Medical and sanitary report of the native army of Madras for the year
Year: 1878
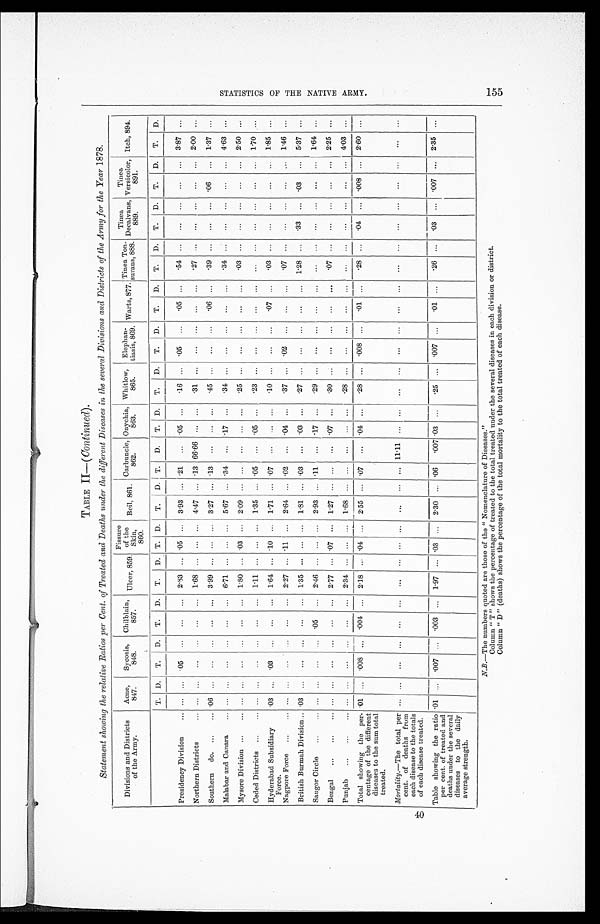
40
TABLE II—(
Continued ).
Statement showing the relative Ratios per Cent. of Treated and Deaths under the different Diseases in the several Divisions and Districts of the Army for the Year 1878.
Divisions and Districts
of the Army.
Acne,
847.
Sycosis,
848.
Chilblain,
857.
Ulcer, 859.
Fissure
of th
S k i n ,
860.
Boil, 861.
Carbuncle,
862.
Onychia,
863.
Whitlow,
865.
Elephan-
tiasis, 869.
Warts, 877.
T i n e a T o n -
surans, 888.
Tinea
Decalvans,
889.
Tinea
V e r s i c o l o r ,
891.
Itch, 894.
T.
D.
T.
D.
T.
D.
T.
D.
T.
D.
T.
D. T.
D.
T.
D.
T.
D.
T.
D.
T.
D.
T.
D.
T.
D.
T.
D.
T.
D.
Presidency Division . . .
. . .
. . . .05
. . .
. . .
. . .
2.83
. . . .05
. . .
3.93
. . . .21
. . .
.05
. . .
.16
. . .
. 05
. . .
. 0 5 . . .
.54
. . .
. . .
. . .
. . .
. . .
3.87
. . .
Northern Districts . . .
. . .
. . .
. . .
. . .
. . .
. . .
1.68
. . .
. . .
. . .
4.47
. . . .13 66.66
. . .
. . .
.31
. . .
. . .
. . .
. . .
. . .
.27
. . .
. . .
. . .
. . .
. . .
2.00
. . .
Southern do. . . . .06
. . .
. . .
. . .
. . .
. . .
3.99
. . .
. . .
. . .
3.27
. . . .13
. . .
. . .
. . .
.45
. . .
. . .
. . .
. 0 6 . . .
.39
. . .
. . .
. . .
.06
. . .
1.37
. . .
Malabar and Canara . . .
. . .
. . .
. . .
. . .
. . .
. . . 6.71
. . .
. . .
. . .5.67
. . .
. 3 4 . . .
. 1 7
. . .
. 3 4
. . .
. . .
. . .
. . . . . .
. 3 4
. . .
. . .
. . .
. . .
. . . 4.63
. . .
Mysore Division . . .
. . .
. . .
. . .
. . .
. . .
. . . 1.80
. . .
. 0 3
. . .2.09
. . .
. . . . . .
. . .
. . .
. 2 5
. . .
. . .
. . .
. . . . . .
. 0 3
. . .
. . .
. . .
. . .
. . .
2.50
. . .
Ceded Districts . . .
. . .
. . .
. . .
. . .
. . .
. . .
1.11
. . .
. . .
. . .
1.35
. . . .05
. . .
.05
. . .
.23
. . .
. . .
. . .
. . . . . .
. . .
. . .
. . .
. . .
. . .
. . . 1.70
. . .
Hyderabad Subsidiary
Force.
.03
. . . .03
. . .
. . .
. . .
1.64
. . . .10
. . .
1.71
. . . .07
. . .
. . .
. . .
. 1 0
. . .
. . .
. . .
. 0 7
. . .
.03
. . .
. . .
. . .
. . .
. . .
1.85
. . .
Nagpore Force . . .
. . .
. . .
. . .
. . .
. . .
. . .
2.27
. . . .11
. . . 2.64
. . . .02
. . . .04
. . .
.37
. . .
.02
. . .
. . .
. . .
. 0 7
. . .
. . .
. . .
. . .
. . .
1.46
. . .
British Burmah Division . . .. 03
. . .
. . .
. . .
. . .
. . .
1.35
. . .
. . .
. . .
1.81
. . . .03
. . . .03
. . .
.27
. . .
. . .
. . .
. . .
. . .
1.28
. . .
.33
. . .
.03
. . .
5.37
. . .
Saugor Circle . . .
. . .
. . .
. . .
. . . .05
. . .
2.46
. . .
. . .
. . . 2.93
. . .
. 1 1
. . .
.17
. . .
.29
. . .
. . .
. . .
. . .. . .
. . .
. . .
. . .
. . .
. . .
. . . 1.64
. . .
Bengal . . .
. . .
. . .
. . .
. . .
. . .
. . . 2.77 . . .
. 0 7
. . . 1.27
. . .
. . . . . .
.07
. . .
.30
. . .
. . .
. . .
. . .
. . .
. 0 7
. . .
. . .
. . .
. . .
. . .
2 . 2 5
. . .
Punjab . . .
. . .
. . .
. . .
. . .
. . .
. . . 2.34 . . .
. . .
. . . 1.68
. . .
. . .
. . .
. . .
. . .
. 2 8
. . .
. . .
. . .
. . .
. . .
. . .
. . .
. . .
. . .
. . .
. . .
4.03
. . .
Total showing the per-
centage of the different
diseases to the sum total
treated.
.01
. . .
.008
. . . .004
. . .
2.18
. . . .04
. . .
2.55
. . . .07
. . .
.04
. . .
.28
. . .
.008
. . .
. 0 1 . . .
.28
. . .
. 0 4
. . .
.008
. . .
2.60
. . .
Mortality.–The total per
cent. of deaths from
each disease to the totals
of each disease treated.
. . .
. . .
. . .
. . .
. . .
. . .
. . .
. . .
. . .
. . .
. . .
. . .
. . . 11.11
. . .
. . .
. . .
. . .
. . .
. . .
. . .
. . .
. . .
. . .
. . .
. . .
. . .
. . .
. . .
. . .
Table showing the ratio
per cent. of treated and
deaths under the several
diseases to the daily
average strength.
.01
. . .
.007
. . .
.003
. . .
1.97
. . .
.03
. . .
2.30
. . .
.06
.007 .03
. . .
.25
. . .
.007
. . .
. 0 1 . . .
.26
. . .
. 0 3
. . .
.007
. . .
2.35
. . .
N.B .—The numbers quoted are those of the " Nomenclature of Diseases."
Column " T" shows the percentage of treated to the total treated under the several diseases in each division or district.
Column " D " (deaths) shows the percentage of the total mortality to the total treated of each disease.
S T A T I S T I C S O F T H E N A T I V E A R M Y .
155